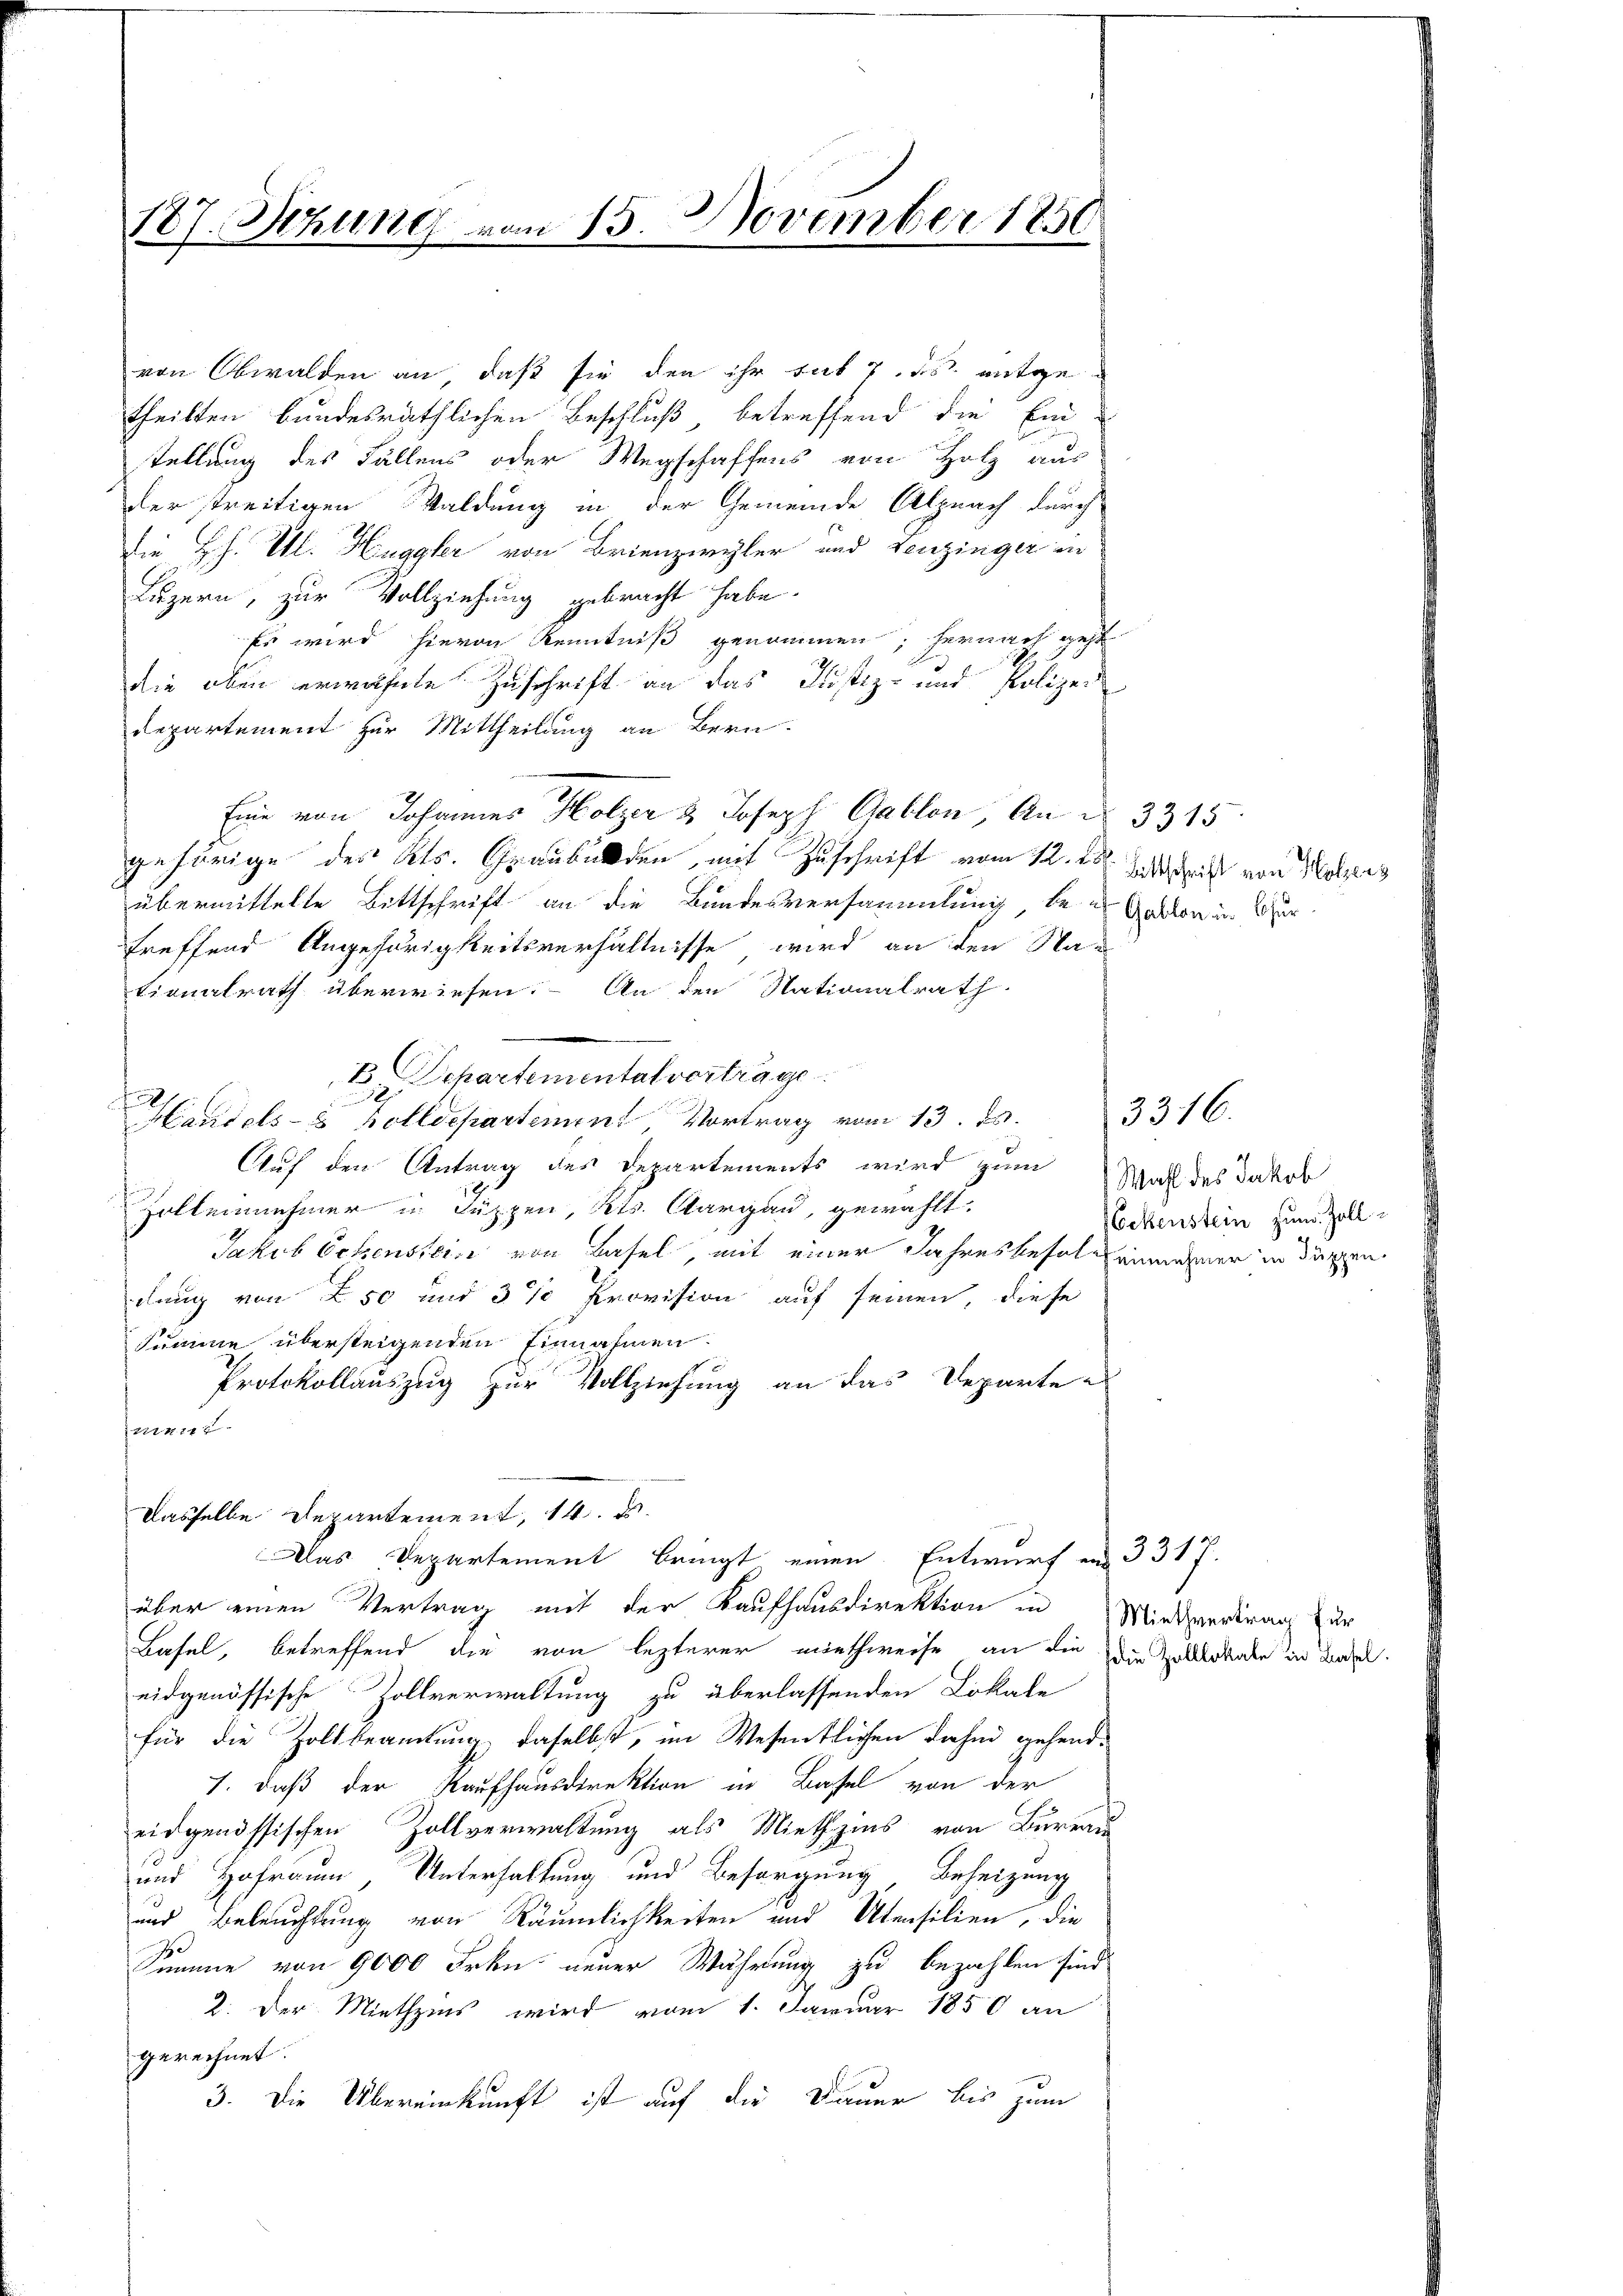
187. Sitzung vom 15. November 1850

von Obwalden an, daß sie den ihr sub 7. ds. entgetheilten bundesräthlichen Beschluß betreffend die Ein-
stellung des Fällens oder Wegschaffens von Holz aus
der streitigen Waldung in der Gemeinde Alpnach durch
die H.H. Thl. Huggler von Brienzwyler und Benzinger in
Luzern, zur Vollziehung gebracht habe.
Es wird hievon Kenntniß genommen, hernach geht
die oben erwähnte Zuschrift an das Justiz- und Polizei
departement für Mittheilung an Bern.
Eine von Johannes Holzer & Joseph Cablon, An § 3315
gehörige des Kts. Graubulden, mit Zuschrift vom 12. 15. Juli von Holzes
übermittelte Bittschrift an die Bundesversammlung, bei Gatten in Turtreffend Angehörigkeitsverhältnisse wird an den Nationalrath überwiesen. An den Nationalrath
B Departementalverträge
d
s
Handels-8 Bolldepartement, Vortrag vom 13. ds.
Auf den Antrag des Departements wird zum Was des Jakob
Zollennehmer in Suppen, Kts. Aargau, gewählt.
Jakob Schenstein von Basel mit einer Jahresbesol einnehmer in diesen
dung von 250 und 3 % Provision auf seinen, diese
Summe übersteigenden Einnahmen.
Protokollauszug zur Vollziehung an das Departe
jeuner
Dasselbe Departement, 14. u.
Das Departement bringt einen Entwurf in 3317.
über einen Vertrag mit der Kaufhausdirektion in Mietvertrag zur
Basel, betreffend die von lezterer miethweise, an die Die Holderenden in Basel.
eidgenössische Zollverwaltung zu überlassenden Lokale
für die Zollbeamtung daselbst, im Wesentlichen dahin gehend¬
1. daß der Kaufhausdirektion in Basel von der
eidgenössischen Zollverwaltung als Miethzins von Bureau
und Hofraum, Unterhaltung und Besorgung Beheizung
und Beleuchtung von Räumlichkeiten und Utensilien, die
Summe von 9000 Frkn. neuer Währung zu bezahlen sind.
2. Der Miethzins wird vom 1. Januar 1850 an
gerechnet.
3. Die Übereinkunft ist auf die Dauer bis zum

Wekenstein zum Zoll¬

3316.